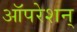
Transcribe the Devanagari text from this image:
ऑपरेशन्